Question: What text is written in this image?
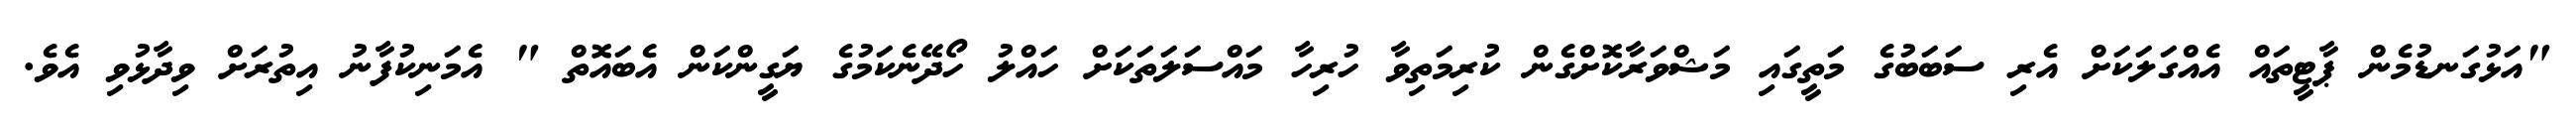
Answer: "އަޅުގަނޑުމެން ޕާޓީތައް އެއްގަލަކަށް އެރި ސަބަބުގެ މަތީގައި މަޝްވަރާކޮށްގެން ކުރިމަތިވާ ހުރިހާ މައްސަލަތަކަށް ހައްލު ހޯދޭނެކަމުގެ ޔަގީންކަން އެބައޮތް " އެމަނިކުފާނު އިތުރަށް ވިދާޅުވި އެވެ.